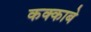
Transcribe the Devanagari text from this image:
कक्‍काबे